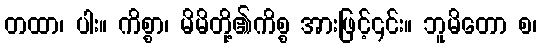
တထာ၊ ပါး။ ကိစ္စာ၊ မိမိတို့၏ကိစ္စ အားဖြင့်၎င်း။ ဘူမိတော စ၊